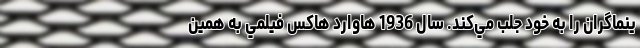
ينماگران را به خود جلب مي‌کند. سال 1936 هاوارد هاکس فيلمي به همين